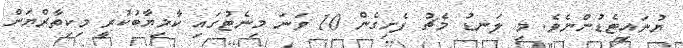
ޔުނައިޓެޑުންނެވެ. މި ލަނޑު މެޗު ފެށިގެން 10 ވަނަ މިނެޓުގައި ކާމިޔާބުކުރީ މިކިތާރްޔަން